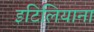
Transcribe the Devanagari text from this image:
इटिलियाना